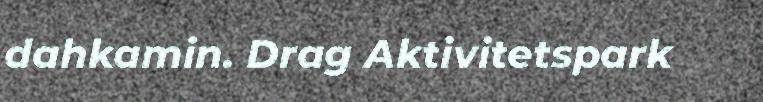
dahkamin. Drag Aktivitetspark